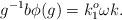
LaTeX: \begin{align*} g^{-1}b\phi(g)=k^o_1\omega k. \end{align*}